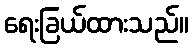
ရေးခြယ်ထားသည်။